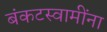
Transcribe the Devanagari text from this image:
बंकटस्वामींना